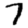
Digit: 7